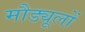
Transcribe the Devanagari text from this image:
मौड्यूलों